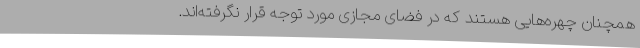
همچنان چهره‌هایی هستند که در فضای مجازی مورد توجه قرار نگرفته‌اند.